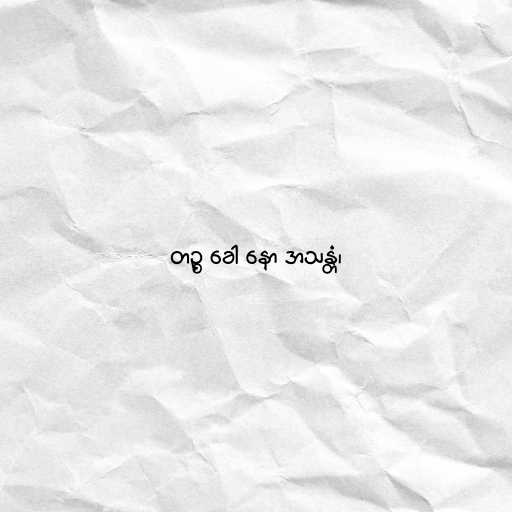
တဉ္စ ခေါ နော အသန္တံ၊